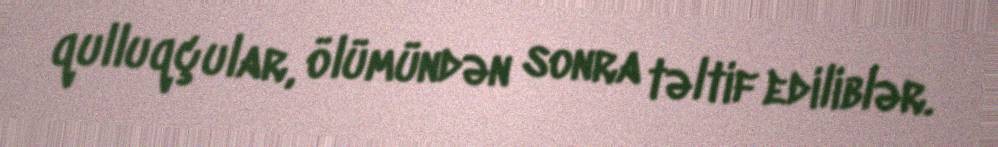
qulluqçular, ölümündən sonra təltif ediliblər.